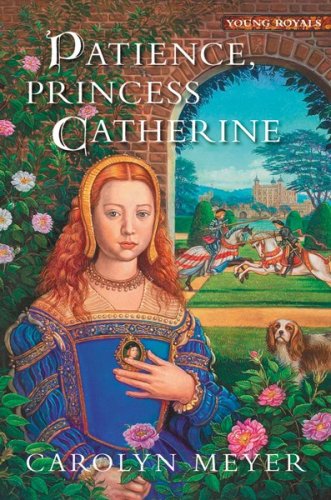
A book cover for Patience, Princess Catherine: A Young Royals Book; Carolyn Meyer; Teen & Young Adult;